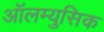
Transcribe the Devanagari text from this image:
ऑलम्युसिक